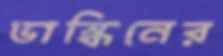
ভাস্কিনের